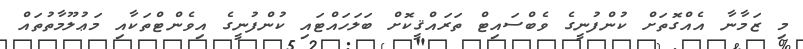
މި ޒަމާނާ އެއްގޮތަށް ކުންފުނީގެ ވެބްސައިޓް ތަރައްޤީކޮށް ބަލަހައްޓައި ކުންފުނީގެ އިވެންޓްތަކާއި މަޢުލޫމާތުތައް